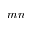
m n